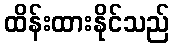
ထိန်းထားနိုင်သည်